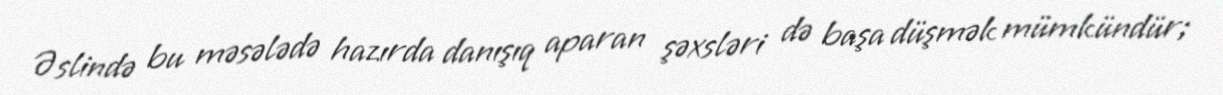
Əslində bu məsələdə hazırda danışıq aparan şəxsləri də başa düşmək mümkündür;